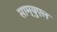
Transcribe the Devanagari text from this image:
साम्युएल